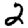
Digit: 2